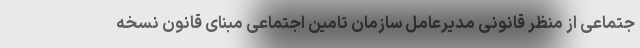
جتماعی از منظر قانونی مدیرعامل سازمان تامین اجتماعی مبنای قانون نسخه